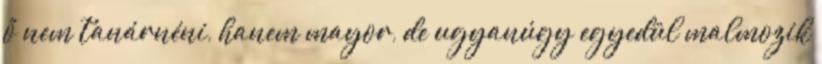
ő nem tanárnéni, hanem mayor, de ugyanúgy egyedül malmozik